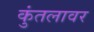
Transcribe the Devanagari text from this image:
कुंतलावर